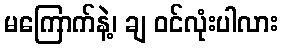
မကြောက်နဲ့၊ ချ ဝင်လုံးပါလား